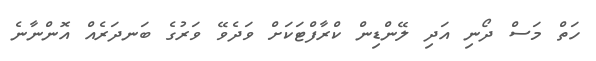
ހަތް މަސް ދޯނި އަދި ލޭންޑިން ކްރާފްޓަކަށް ވަދެވޭ ވަރުގެ ބަނދަރެއް އޮންނާނެ